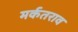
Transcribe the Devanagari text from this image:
मर्कतराव